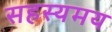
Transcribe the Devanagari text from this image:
सहस्यमय